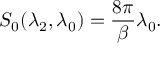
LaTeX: S _ { 0 } ( \lambda _ { 2 } , \lambda _ { 0 } ) = \frac { 8 \pi } { \beta } \lambda _ { 0 } .